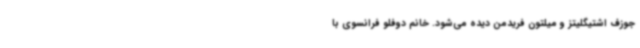
جوزف اشتیگلیتز و میلتون فریدمن دیده می‌شود. خانم دوفلو فرانسوی با